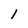
Character: l